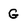
Character: G